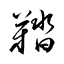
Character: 鞜